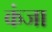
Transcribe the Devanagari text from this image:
कंजा